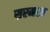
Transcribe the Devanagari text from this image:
सरमस्त